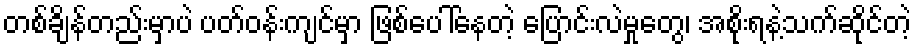
တစ်ချိန်တည်းမှာပဲ ပတ်ဝန်းကျင်မှာ ဖြစ်ပေါ်နေတဲ့ ပြောင်းလဲမှုတွေ၊ အစိုးရနဲ့သက်ဆိုင်တဲ့